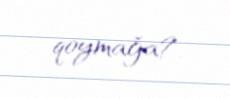
qoymağa?.